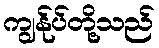
ကျွန်ုပ်တို့သည်